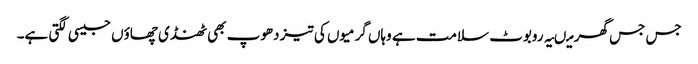
جس جس گھر میںیہ روبوٹ سلامت ہے وہاں گرمیوں کی تیز دھوپ بھی ٹھنڈی چھاؤں جیسی لگتی ہے۔